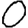
Digit: 0